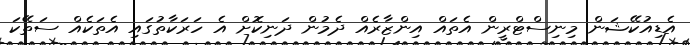
އެޑިއުކޭޝަން މިނިސްޓްރީން އެތައް އިންޒާރެއް ދެމުން ދަނިކޮށް އެ ހަރަކާތުގައި އެތަކެއް ސަތޭކަ